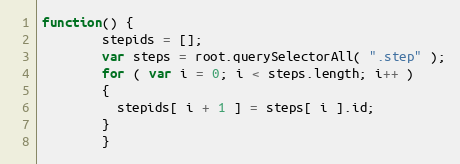
Language: JavaScript
function() {
        stepids = [];
        var steps = root.querySelectorAll( ".step" );
        for ( var i = 0; i < steps.length; i++ )
        {
          stepids[ i + 1 ] = steps[ i ].id;
        }
        }